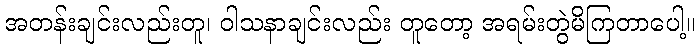
အတန်းချင်းလည်းတူ၊ ဝါသနာချင်းလည်း တူတော့ အရမ်းတွဲမိကြတာပေါ့။